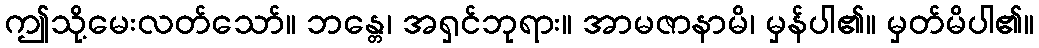
ဤသို့မေးလတ်သော်။ ဘန္တေ၊ အရှင်ဘုရား။ အာမဇာနာမိ၊ မှန်ပါ၏။ မှတ်မိပါ၏။